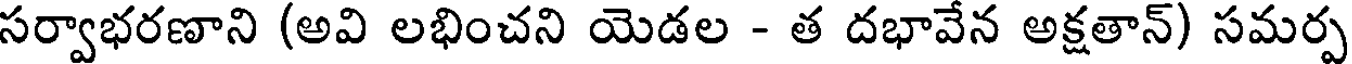
సర్వాభరణాని (అవి లభించని యెడల - త దభావేన అక్షతాన్) సమర్ప